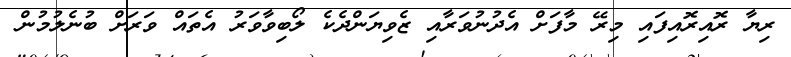
ރިޔާ ރޮއިރޮއިފައި މިރޭ މާފަށް އެދުނުވަރާއި ޒެވިޔަންދެކެ ލޯބިވާވަރު އެތައް ވަރަށް ބުނެލުމުން